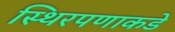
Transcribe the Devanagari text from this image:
स्थिरपणाकडे